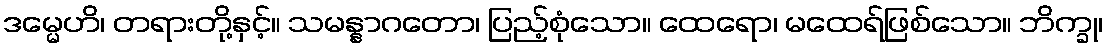
ဒမ္မေဟိ၊ တရားတို့နှင့်။ သမန္နာဂတော၊ ပြည့်စုံသော။ ထေရော၊ မထေရ်ဖြစ်သော။ ဘိက္ခု၊